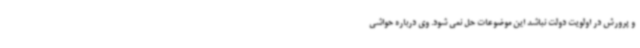
و پرورش در اولویت دولت نباشد این موضوعات حل نمی شود. وی درباره حواشی